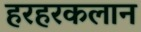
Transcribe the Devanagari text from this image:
हरहरकलान